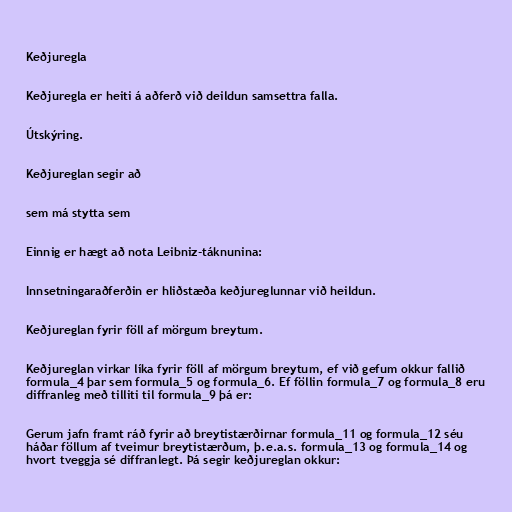
Keðjuregla

Keðjuregla er heiti á aðferð við deildun samsettra falla.

Útskýring.

Keðjureglan segir að

sem má stytta sem

Einnig er hægt að nota Leibniz-táknunina:

Innsetningaraðferðin er hliðstæða keðjureglunnar við heildun.

Keðjureglan fyrir föll af mörgum breytum.

Keðjureglan virkar líka fyrir föll af mörgum breytum, ef við gefum okkur fallið
formula_4 þar sem formula_5 og formula_6. Ef föllin formula_7 og formula_8 eru
diffranleg með tilliti til formula_9 þá er:

Gerum jafn framt ráð fyrir að breytistærðirnar formula_11 og formula_12 séu
háðar föllum af tveimur breytistærðum, þ.e.a.s. formula_13 og formula_14 og
hvort tveggja sé diffranlegt. Þá segir keðjureglan okkur: